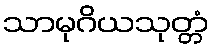
သာမုဂိယသုတ္တံ